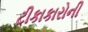
ટીકાકારોની